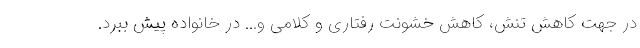
در جهت کاهش تنش، کاهش خشونت رفتاری و کلامی و... در خانواده پیش ببرد.